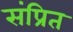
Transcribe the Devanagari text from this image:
संप्रित